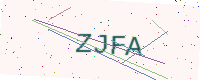
Text: ZJFA